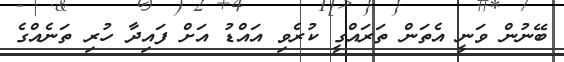
ބޭނުން ވަނީ އެތަން ތަރައްގީ ކުރެވި އައްޑު އަށް ފައިދާ ހުރި ތަނެއްގެ